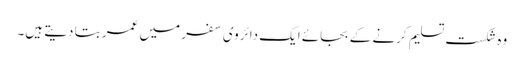
وہ شکست تسلیم کرنے کے بجائے ایک دائروی سفر میں عمر بتا دیتے ہیں۔